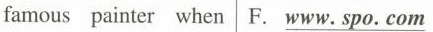
famous painter when F. \underline{www. spo. com}